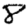
Digit: 8